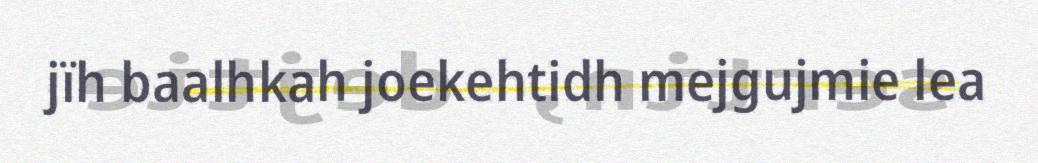
jïh baalhkah joekehtidh mejgujmie lea